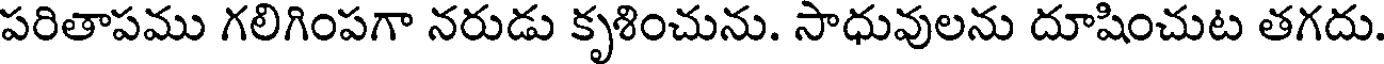
పరితాపము గలిగింపగా నరుడు కృశించును. సాధువులను దూషించుట తగదు.